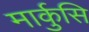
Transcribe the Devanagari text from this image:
मार्कुसि